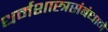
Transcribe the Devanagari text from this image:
धर्मशास्त्रसंबंधाने